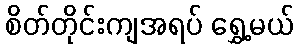
စိတ်တိုင်းကျအရပ် ရွှေ့မယ်